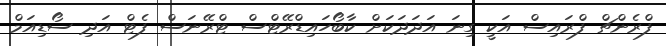
ފްރެންޗް ފްރައިސް އަކީ ގިނަ އަދަދަކަށް ކާބޯހައިޑްރޭޓްސް ޓްރޭނަސް ފެޓް އަދި ސޯޑިއަމް